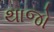
થાજો